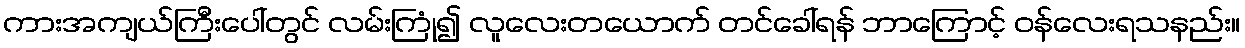
ကားအကျယ်ကြီးပေါ်တွင် လမ်းကြုံ၍ လူလေးတယောက် တင်ခေါ်ရန် ဘာကြောင့် ဝန်လေးရသနည်း။